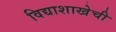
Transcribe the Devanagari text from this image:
विद्याशाखेची